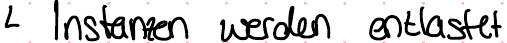
Instanzen werden entlastet